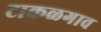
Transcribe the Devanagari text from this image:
टाकळगाव